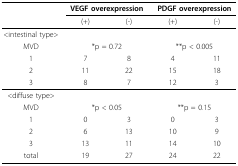
<table><thead><tr><td></td><td colspan="2"><b>VEGF overexpression</b></td><td colspan="2"><b>PDGF overexpression</b></td></tr><tr><td></td><td><b>(+)</b></td><td><b>(-)</b></td><td><b>(+)</b></td><td><b>(-)</b></td></tr></thead><tbody><tr><td>&lt;intestinal type&gt;</td><td></td><td></td><td></td><td></td></tr><tr><td>MVD</td><td colspan="2">*p = 0.72</td><td colspan="2">**p &lt; 0.005</td></tr><tr><td>1</td><td>7</td><td>8</td><td>4</td><td>11</td></tr><tr><td>2</td><td>11</td><td>22</td><td>15</td><td>18</td></tr><tr><td>3</td><td>8</td><td>7</td><td>12</td><td>3</td></tr><tr><td>&lt;diffuse type&gt;</td><td></td><td></td><td></td><td></td></tr><tr><td>MVD</td><td colspan="2">*p &lt; 0.05</td><td colspan="2">**p = 0.15</td></tr><tr><td>1</td><td>0</td><td>3</td><td>0</td><td>3</td></tr><tr><td>2</td><td>6</td><td>13</td><td>10</td><td>9</td></tr><tr><td>3</td><td>13</td><td>11</td><td>14</td><td>10</td></tr><tr><td>total</td><td>19</td><td>27</td><td>24</td><td>22</td></tr></tbody></table>